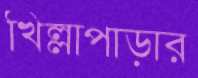
খিল্লাপাড়ার